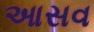
આસવ